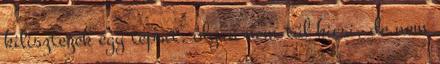
kilisztezek egy tepsit, olyan nem túl kicsi, de nem